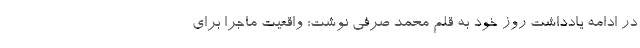
در ادامه یادداشت روز خود به قلم محمد صرفی نوشت: واقعیت ماجرا برای